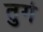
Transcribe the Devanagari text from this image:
तुगे